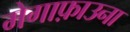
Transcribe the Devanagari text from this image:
मेगाफ़ाउना